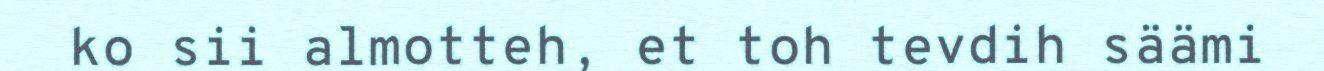
ko sii almotteh, et toh tevdih säämi